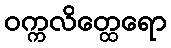
ဝက္ကလိတ္ထေရော